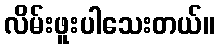
လိမ်းဖူးပါသေးတယ်။